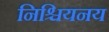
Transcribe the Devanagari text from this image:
निश्चियनय